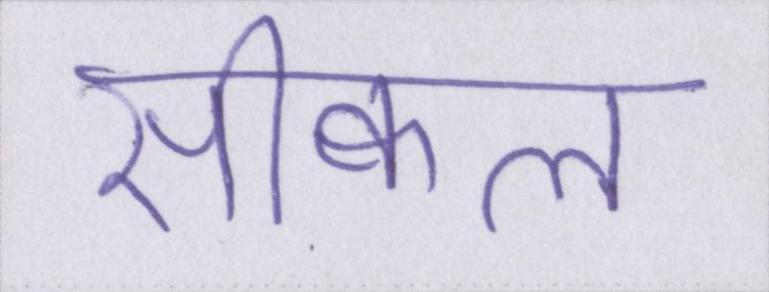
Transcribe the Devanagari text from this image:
सीक्वल